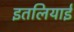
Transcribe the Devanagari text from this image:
इतलियाई